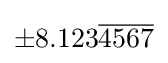
{\textstyle \pm 8.123{\overline {4567}}}